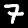
Digit: 7